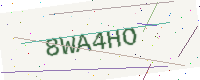
Text: 8WA4HO